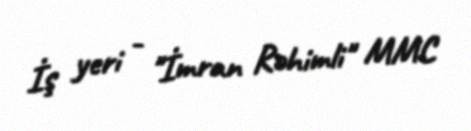
İş yeri - "İmran Rəhimli" MMC